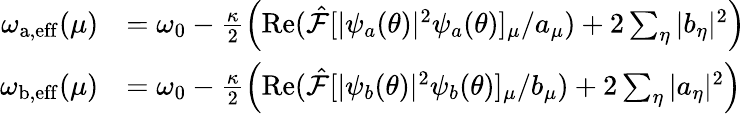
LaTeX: \begin{array}{rl}{\omega_{\mathrm{a,eff}}(\mu)}&{=\omega_{0}-\frac{\kappa}{2}\left(\operatorname{Re}(\hat{\mathcal{F}}[|\psi_{a}(\theta)|^{2}\psi_{a}(\theta)]_{\mu}/a_{\mu})+2\sum_{\eta}|b_{\eta}|^{2}\right)}\\ {\omega_{\mathrm{b,eff}}(\mu)}&{=\omega_{0}-\frac{\kappa}{2}\left(\operatorname{Re}(\hat{\mathcal{F}}[|\psi_{b}(\theta)|^{2}\psi_{b}(\theta)]_{\mu}/b_{\mu})+2\sum_{\eta}|a_{\eta}|^{2}\right)}\end{array}